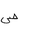
Letter: _sad